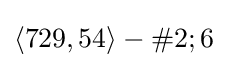
\langle 729,54\rangle -\#2;6